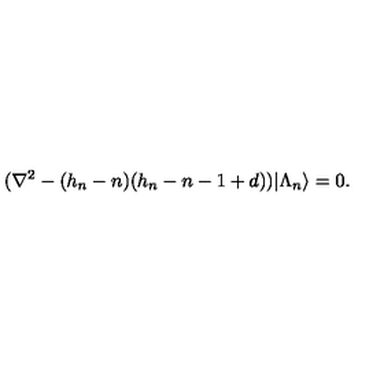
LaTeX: ( \nabla ^ { 2 } - ( h _ { n } - n ) ( h _ { n } - n - 1 + d ) ) | \Lambda _ { n } \rangle = 0 .